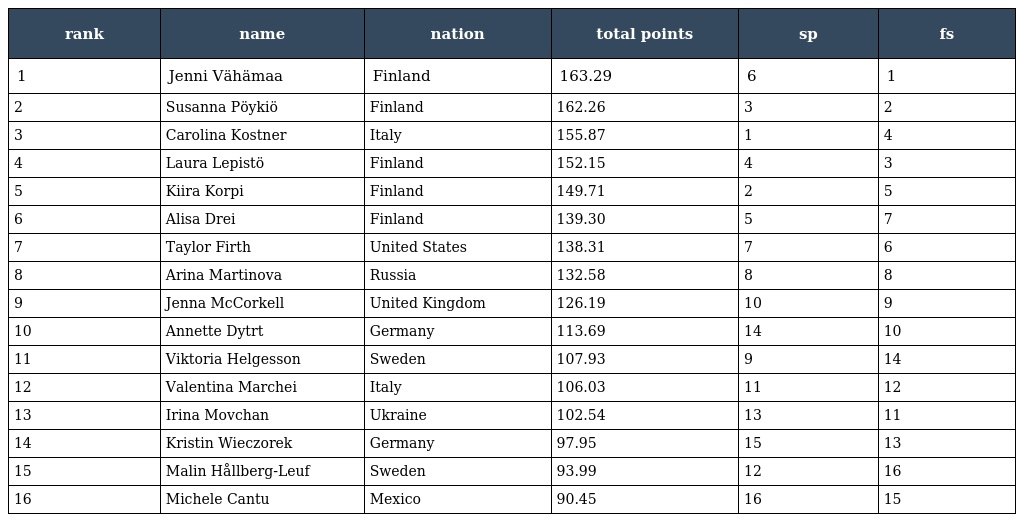
| rank | name | nation | total points | sp | fs |
 | --- | --- | --- | --- | --- | --- |
 | 1 | Jenni Vähämaa | Finland | 163.29 | 6 | 1 |
 | 2 | Susanna Pöykiö | Finland | 162.26 | 3 | 2 |
 | 3 | Carolina Kostner | Italy | 155.87 | 1 | 4 |
 | 4 | Laura Lepistö | Finland | 152.15 | 4 | 3 |
 | 5 | Kiira Korpi | Finland | 149.71 | 2 | 5 |
 | 6 | Alisa Drei | Finland | 139.30 | 5 | 7 |
 | 7 | Taylor Firth | United States | 138.31 | 7 | 6 |
 | 8 | Arina Martinova | Russia | 132.58 | 8 | 8 |
 | 9 | Jenna McCorkell | United Kingdom | 126.19 | 10 | 9 |
 | 10 | Annette Dytrt | Germany | 113.69 | 14 | 10 |
 | 11 | Viktoria Helgesson | Sweden | 107.93 | 9 | 14 |
 | 12 | Valentina Marchei | Italy | 106.03 | 11 | 12 |
 | 13 | Irina Movchan | Ukraine | 102.54 | 13 | 11 |
 | 14 | Kristin Wieczorek | Germany | 97.95 | 15 | 13 |
 | 15 | Malin Hållberg-Leuf | Sweden | 93.99 | 12 | 16 |
 | 16 | Michele Cantu | Mexico | 90.45 | 16 | 15 |